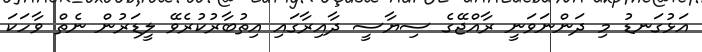
އަޅުގަނޑު މި ދަންނަވަނީ ރާއްޖޭގެ ސިޔާސީ ދާއިރާގައި އިތުބާރުކުރެވޭ ލީޑަރުން ނެތް ވާހަކަ